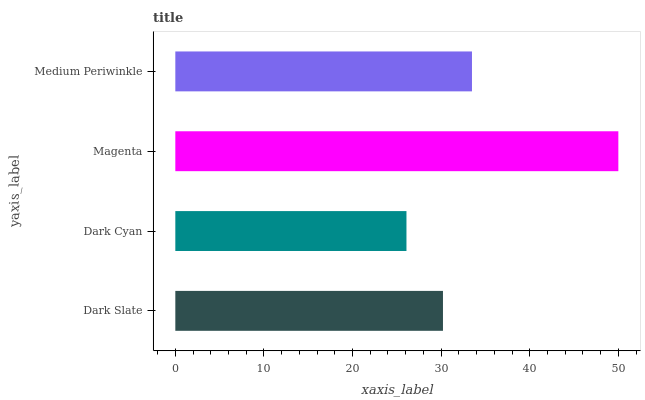
| yaxis_label | bars |
 | --- | --- |
 | Dark Slate | 30.2 |
 | Dark Cyan | 26.1 |
 | Magenta | 50 |
 | Medium Periwinkle | 33.5 |